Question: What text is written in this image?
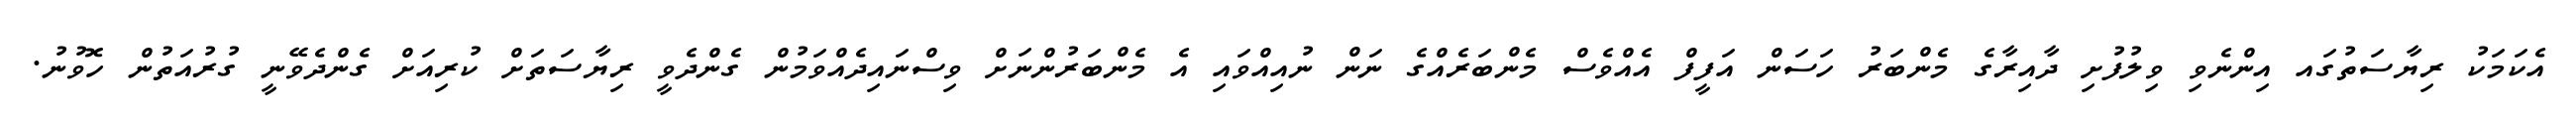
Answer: އެކަމަކު ރިޔާސަތުގައ އިންނެވި ވިލުފުށި ދާއިރާގެ މެންބަރު ހަސަން އަފީފް އެއްވެސް މެންބަރެއްގެ ނަން ނުއިއްވައި އެ މެންބަރުންނަށް ވިސްނައިދެއްވަމުން ގެންދެވީ ރިޔާސަތަށް ކުރިއަށް ގެންދެވޭނީ ގުރުއަތުން ހޮވުނު.